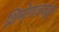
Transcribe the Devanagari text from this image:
शिमोगाजवळून